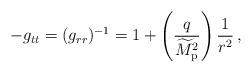
LaTeX: \begin{align*}-g_{tt}=(g_{rr})^{-1}=1+\left({q\over\widetilde{M}_{\rm p}^2}\right){1\over r^2}\,,\end{align*}